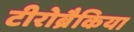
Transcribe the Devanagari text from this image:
टीरोब्रैकिया